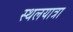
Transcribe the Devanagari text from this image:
स्थलयात्रा